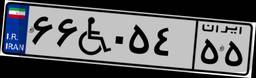
۶۶W۰۵۴۵۵